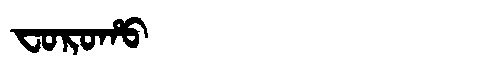
Manchu: ᠸᠣᡵᠣᡥᠣ
Romanization: FOROHO